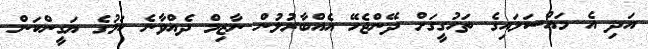
އަދި އެ މައްސަލައިގެ ތަހުގީގަށް ދޭންޖެހޭ އެއްބާރުލުން ނާޒިމް ދެއްވާނެ ކަމުގެ ޔަގީންކަން